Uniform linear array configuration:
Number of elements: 16
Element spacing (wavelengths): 1
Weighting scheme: exponential
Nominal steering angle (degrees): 15
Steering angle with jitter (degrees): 15.976
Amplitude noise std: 0.05
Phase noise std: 0.05

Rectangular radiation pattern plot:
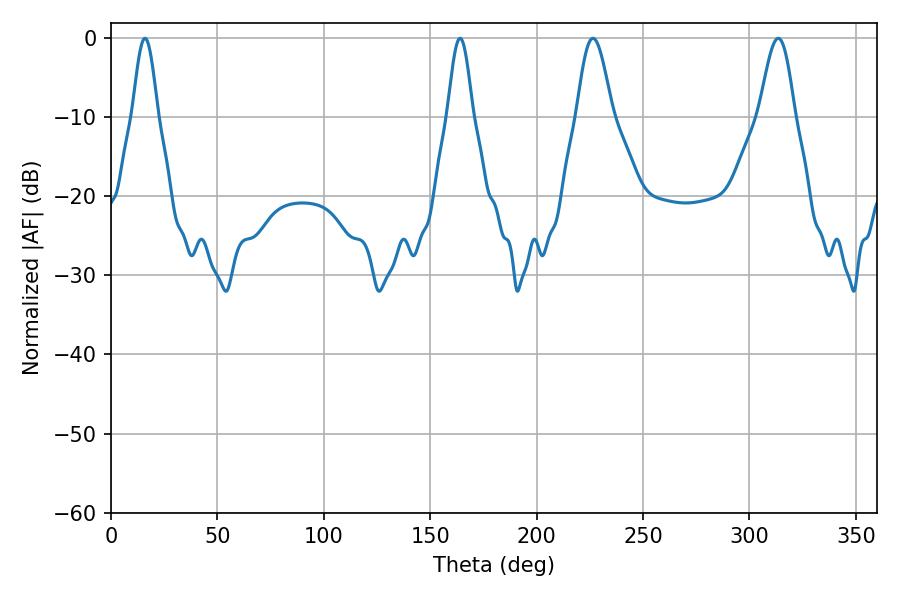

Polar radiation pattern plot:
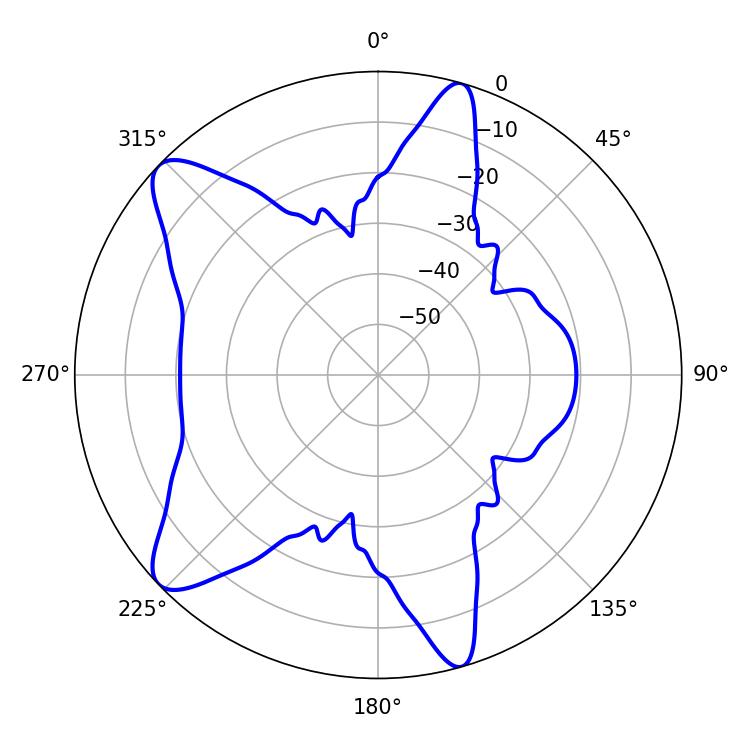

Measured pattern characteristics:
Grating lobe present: TRUE
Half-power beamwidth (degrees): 8.82
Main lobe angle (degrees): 313.56